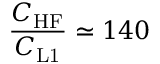
\frac { C _ { \mathrm { H F } } } { C _ { \mathrm { L 1 } } } \simeq 1 4 0